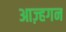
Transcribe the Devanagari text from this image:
आज़्हगन